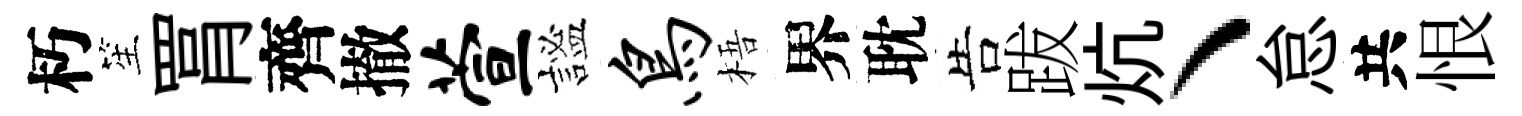
朽笙罥齊撤萱謐鸟梧界耽告跋炕丶怠共恨